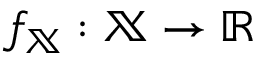
f _ { \mathbb { X } } : \mathbb { X } \to \mathbb { R }